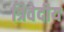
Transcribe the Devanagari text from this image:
त्रिवेदीय